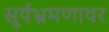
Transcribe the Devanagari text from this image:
सूर्यभ्रमणावर